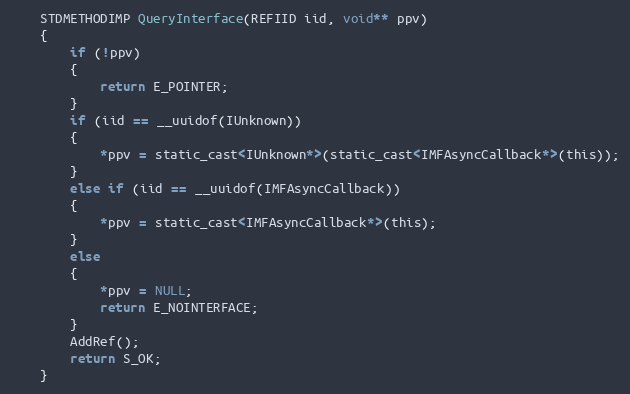
Language: C
    STDMETHODIMP QueryInterface(REFIID iid, void** ppv)
    {
        if (!ppv)
        {
            return E_POINTER;
        }
        if (iid == __uuidof(IUnknown))
        {
            *ppv = static_cast<IUnknown*>(static_cast<IMFAsyncCallback*>(this));
        }
        else if (iid == __uuidof(IMFAsyncCallback))
        {
            *ppv = static_cast<IMFAsyncCallback*>(this);
        }
        else
        {
            *ppv = NULL;
            return E_NOINTERFACE;
        }
        AddRef();
        return S_OK;
    }